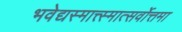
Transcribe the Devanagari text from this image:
भवेद्यस्मात्त्स्मात्सर्वोत्तमा